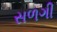
સળગી